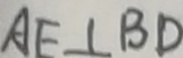
A E \bot B D